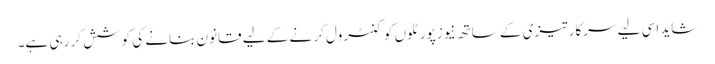
شاید اسی لیے سرکار تیزی کے ساتھ نیوز پورٹلوں کو کنٹرول کر نے کے لیے قانون بنانے کی کوشش کر رہی ہے۔